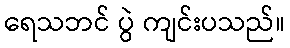
ရေသဘင် ပွဲ ကျင်းပသည်။